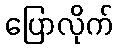
ပြောလိုက်